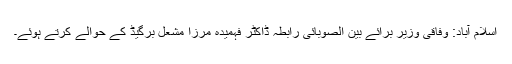
اسلام آباد: وفاقی وزیر برائے بین الصوبائی رابطہ ڈاکٹر فہمیدہ مرزا مشعل برگیڈ کے حوالے کرتے ہوئے۔